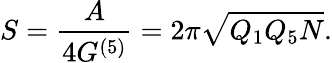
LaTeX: S=\frac A{4G^{(5)}}=2\pi\sqrt{Q_{1}Q_{5}N}.